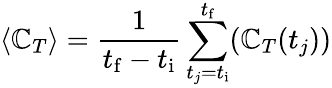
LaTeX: \langle\mathbb{C}_{T}\rangle=\frac{{1}}{{t_{\mathrm{{f}}}-t_{\mathrm{{i}}}}}\sum_{t_{j}=t_{\mathrm{{i}}}}^{t_{\mathrm{{f}}}}(\mathbb{C}_{T}(t_{j}))